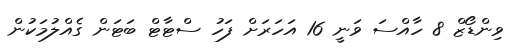
ވިންޑޯޒް 8 ހާއްސަ ވަނީ 16 އަހަރަށް ފަހު ސްޓާޓް ބަޓަން ގެއްލުމަކުން